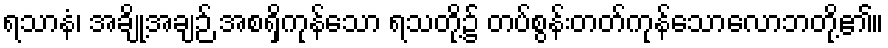
ရသာနံ၊ အချို့အချဉ် အစရှိကုန်သော ရသတို့၌ တပ်စွန်းတတ်ကုန်သောလောဘတို့၏။